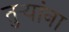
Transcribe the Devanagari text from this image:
तुऱ्यांना